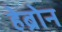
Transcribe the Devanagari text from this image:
हेब्रोन